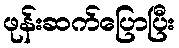
ဖုန်းဆက်ပြောပြီး